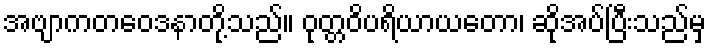
အဗျာကတဝေဒနာတို့သည်။ ဝုတ္တဝိပရိယာယတော၊ ဆိုအပ်ပြီးသည်မှ